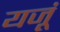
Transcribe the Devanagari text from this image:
यजूं